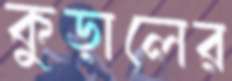
কুড়ালের